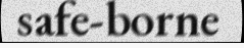
safe-borne